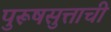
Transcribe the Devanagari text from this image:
पुरूषसुत्ताची